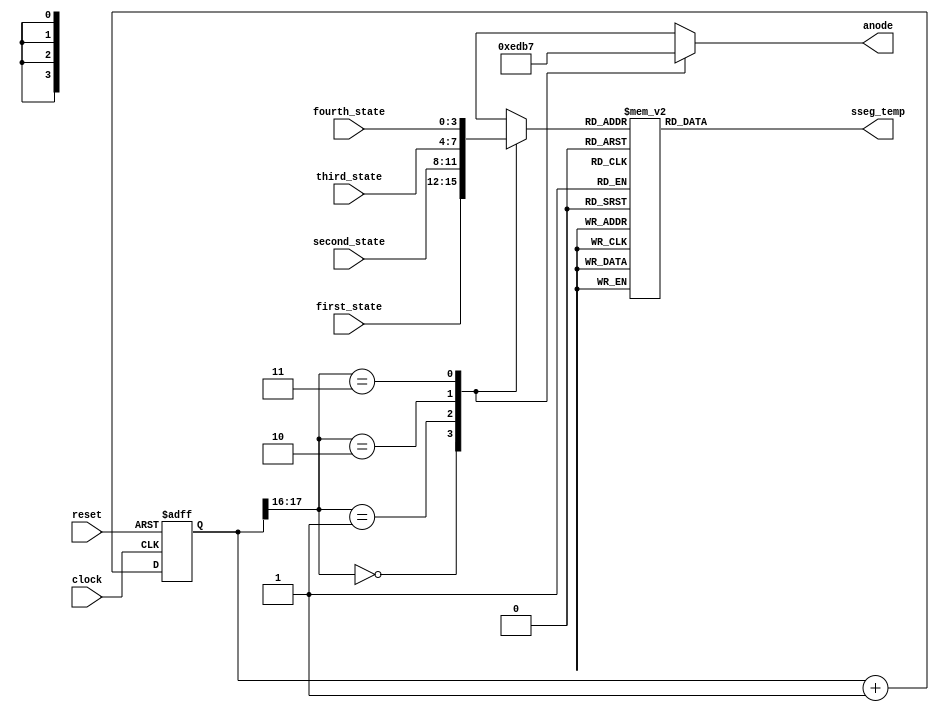
`timescale 1ns / 1ps
//////////////////////////////////////////////////////////////////////////////////
// Company: 
// Engineer: 
// 
// Design Name: 
// Module Name: sseg
// Project Name: 
// Target Devices: 
// Tool Versions: 
// Description: 
// 
// Dependencies: 
// 
// Revision:
// Revision 0.01 - File Created
// Additional Comments:
// 
//////////////////////////////////////////////////////////////////////////////////


module sseg(
    input clock,
    input reset,
    input [3:0] fourth_state,
    input [3:0] third_state,
    input [3:0] second_state,
    input [3:0] first_state,
    output reg[3:0] anode, //which anode for sseg
    output reg [6:0] sseg_temp //temp sseg for case statement
    );

//Seven Segment Display with 18bit  multiplexer as a timer 

reg [18-1:0]count;

always @ (posedge clock or posedge reset)
 begin
  if (reset)
   count <= 0;
  else
   count <= count + 1;
 end

reg [3:0]sseg; //the 4 bit register to hold the data that is to be output
always @ (*)
 begin
  case(count[18-1:18-2]) //MSB and MSB-1 to determine the anode and state the main game logic is in
   
   2'b00 : 
    begin
     sseg = first_state; //regarding which state and which anodes to turn on
     anode = 4'b1110;
    end
   
   2'b01:
    begin
     sseg = second_state;
     anode = 4'b1101;
    end
   
   2'b10:
    begin
     sseg = third_state;
     anode = 4'b1011;
    end
    
   2'b11:
    begin
     sseg = fourth_state;
     anode = 4'b0111;    
    end
  endcase
 end

always @ (*) //simulanteous, change the seven segment display
 begin
  case(sseg)
   4'd0 : sseg_temp = 7'b1000000; //display 0 g f e d c b a
   4'd1 : sseg_temp = 7'b1111001; //display 1
   4'd2 : sseg_temp = 7'b0100100; //display 2
   4'd3 : sseg_temp = 7'b0110000; //display 3
   4'd4 : sseg_temp = 7'b0011001; //display 4
   4'd5 : sseg_temp = 7'b0010010; //display 5
   4'd6 : sseg_temp = 7'b0000010; //display 6
   4'd7 : sseg_temp = 7'b1111000; //display 7
   4'd8 : sseg_temp = 7'b0000000; //display 8
   4'd9 : sseg_temp = 7'b0010000; //display 9
   4'd10 : sseg_temp = 7'b0100011; //to display H
   4'd11 : sseg_temp = 7'b0101011; //to display I
   default : sseg_temp = 7'b0111111; //dash
  endcase
 end

endmodule